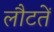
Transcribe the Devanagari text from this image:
लौटतें